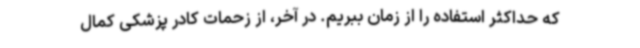
که حداکثر استفاده را از زمان ببریم. در آخر، از زحمات کادر پزشکی کمال